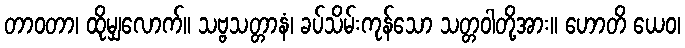
တာဝတာ၊ ထိုမျှလောက်။ သဗ္ဗသတ္တာနံ၊ ခပ်သိမ်းကုန်သော သတ္တဝါတို့အား။ ဟောတိ ယေဝ၊